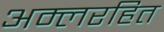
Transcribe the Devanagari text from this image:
अम्लरहित